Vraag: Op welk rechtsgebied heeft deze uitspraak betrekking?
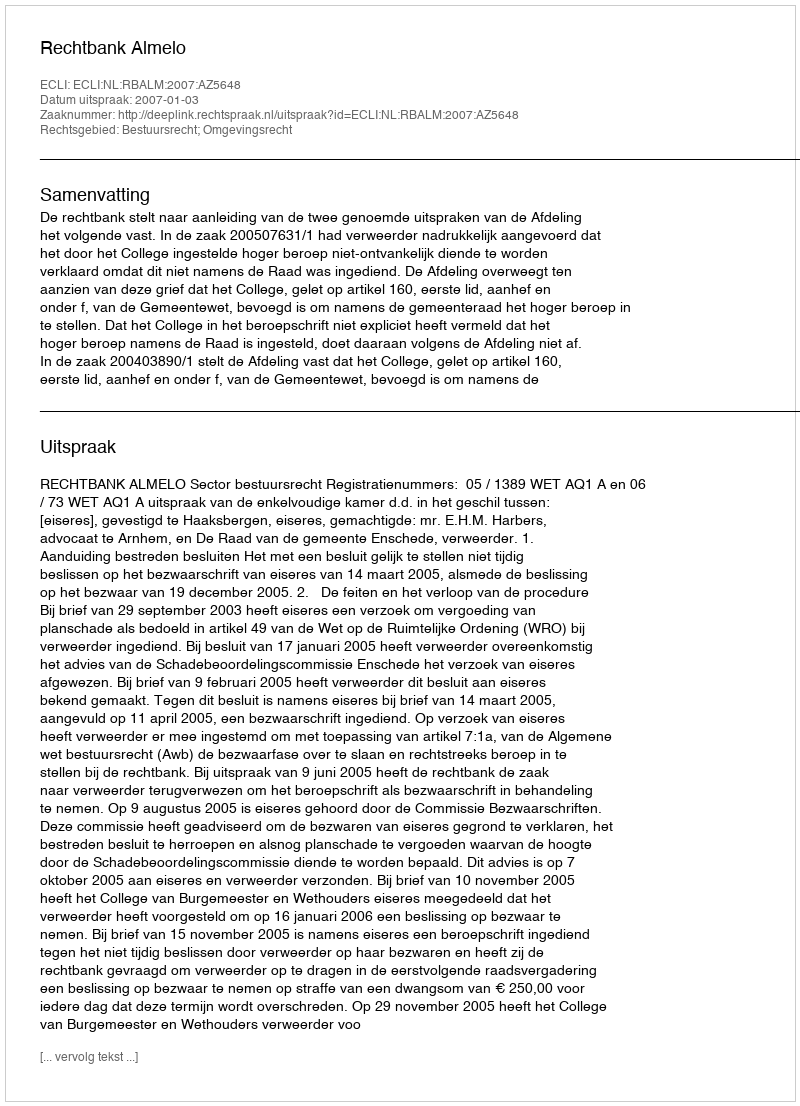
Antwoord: Bestuursrecht; Omgevingsrecht